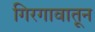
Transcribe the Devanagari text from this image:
गिरगावातून